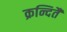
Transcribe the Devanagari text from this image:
क्रन्दितै